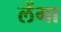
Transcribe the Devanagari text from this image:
लेंगा